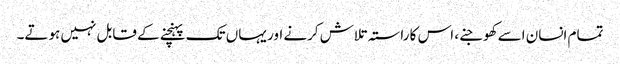
تمام انسان اسے کھوجنے، اس کا راستہ تلاش کرنے اور یہاں تک پہنچنے کے قابل نہیں ہوتے۔